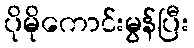
ပိုမိုကောင်းမွန်ပြီး